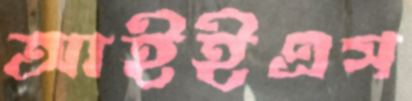
আইইএস